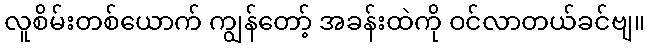
လူစိမ်းတစ်ယောက် ကျွန်တော့် အခန်းထဲကို ဝင်လာတယ်ခင်ဗျ။